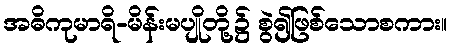
အဓိကုမာရိ-မိန်းမပျိုတို့၌ စွဲ၍ဖြစ်သောစကား။